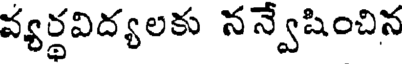
వ్యర్థవిద్యలకు నన్వేషించిన